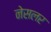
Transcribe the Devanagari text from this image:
नेसलर